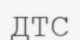
ДТС